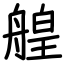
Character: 艎